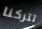
تتركنا